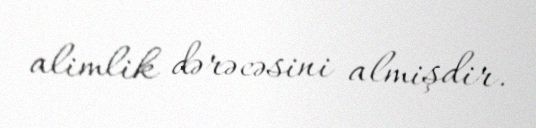
alimlik dərəcəsini almişdir.